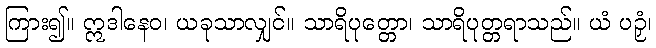
ကြား၍။ ဣဒါနေဝ၊ ယခုသာလျှင်။ သာရိပုတ္တော၊ သာရိပုတ္တရာသည်။ ယံ ပဉှံ၊